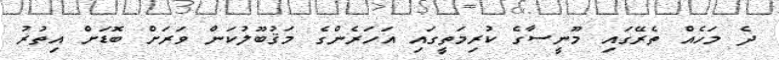
ދެ މަހެއް ތެރޭގައި މޫނީސާގެ ކުރިމަތީގައި އަހަރެންގެ މަޤުބޫލުކަން ވަރަށް ބޮޑަށް އިތުރު